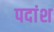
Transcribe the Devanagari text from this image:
पदांश